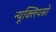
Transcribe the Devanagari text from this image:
न्यूक्लियसो